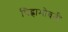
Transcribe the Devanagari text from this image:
चिह्नाभोवती